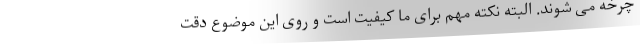
چرخه می شوند. البته نکته مهم برای ما کیفیت است و روی این موضوع دقت